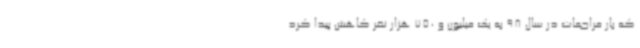
که بار مراجعات در سال 98 به یک میلیون و 750 هزار نفر کاهش پیدا کرد